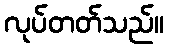
လုပ်တတ်သည်။